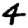
Digit: 4